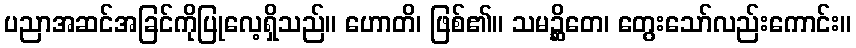
ပညာအဆင်အခြင်ကိုပြုလေ့ရှိသည်။ ဟောတိ၊ ဖြစ်၏။ သမဉ္ဆိတေ၊ တွေးသော်လည်းကောင်း။